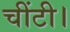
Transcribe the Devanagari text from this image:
चींटी।